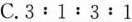
C.3:1:3:1